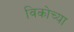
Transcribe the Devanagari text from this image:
विकोच्या